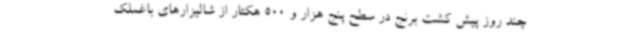
چند روز پیش کشت برنج در سطح پنج هزار و 500 هکتار از شالیزارهای باغملک